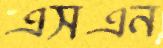
এসএন